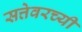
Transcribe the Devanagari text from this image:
सत्तेवरच्यी